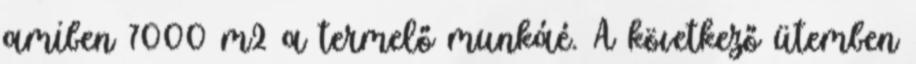
amiben 7000 m2 a termelő munkáé. A következő ütemben